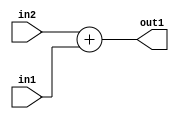
`timescale 1ps / 1ps
/*****************************************************************************
    Verilog RTL Description
    
    
    Created by: Stratus DpOpt 2019.1.01 
*******************************************************************************/

module DC_Filter_Add_8Ux1U_9U_1 (
	in2,
	in1,
	out1
	); /* architecture "behavioural" */ 
input [7:0] in2;
input  in1;
output [8:0] out1;
wire [8:0] asc001;

assign asc001 = 
	+(in2)
	+(in1);

assign out1 = asc001;
endmodule

/* CADENCE  urf5Tws= : u9/ySgnWtBlWxVPRXgAZ4Og= ** DO NOT EDIT THIS LINE ******/